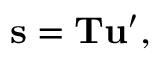
\mathbf { s } = \mathbf { T } \mathbf { u } ^ { \prime } ,